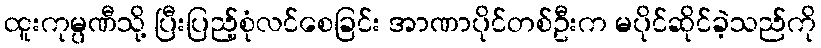
ထူးကုမ္ပဏီသို့ ပြီးပြည့်စုံလင်စေခြင်း အာဏာပိုင်တစ်ဦးက မပိုင်ဆိုင်ခဲ့သည်ကို